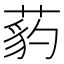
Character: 𦷒